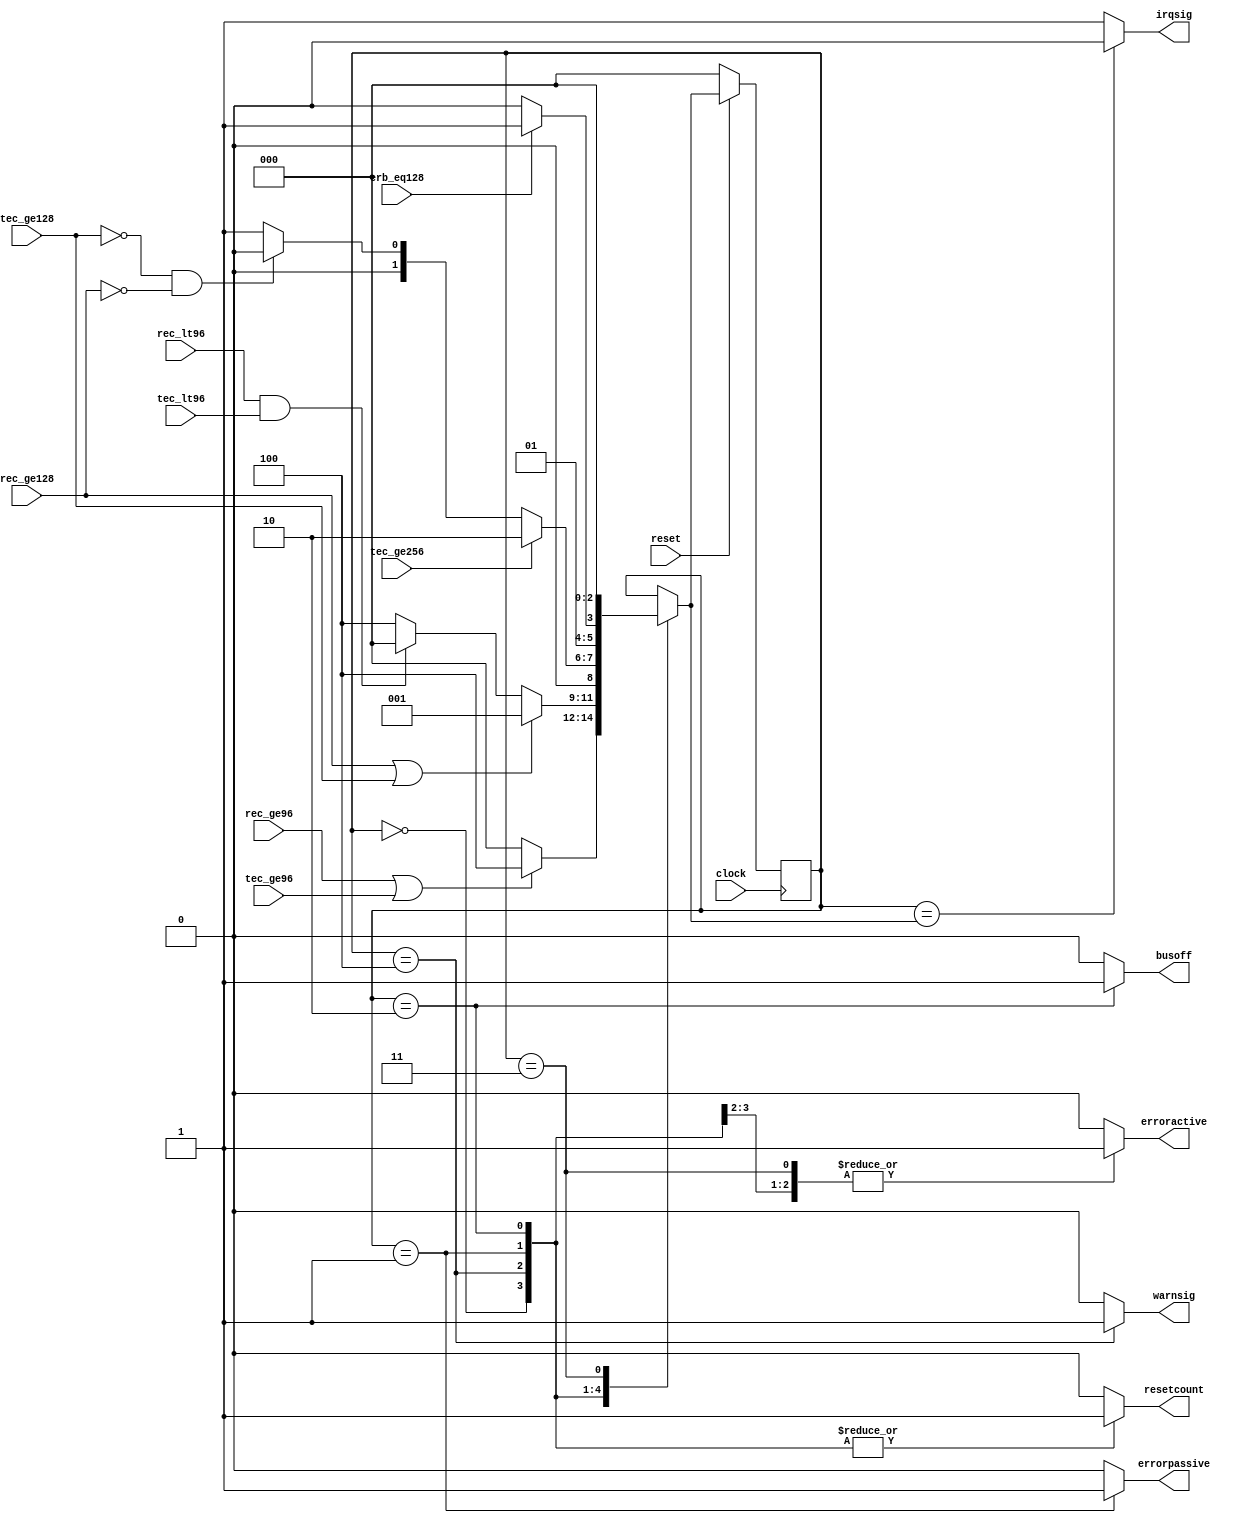
////////////////////////////////////////////////////////////////////////////////////////////////////
//
// Interessengruppe fuer Mikroelektronik und Eingebettete Systeme (IMES)
// Fachhochschule Dortmund
//
// Tool         : Mentor Graphics HDL Designer(TM) 2015.1b (Build 4)
// Description  : Fehlerzustandsautomat
// Commentary   : Resets umgedreht auf active low 
//
// Changelog:
// -------------------------------------------------------------------------------------------------
// Version | Author             | Date       | Changes
// -------------------------------------------------------------------------------------------------
// 0.9     | Leduc              | 17.04.2019 | created
// -------------------------------------------------------------------------------------------------
// 0.91    | Leduc              | 13.05.2019 | Added default state to fsm
// -------------------------------------------------------------------------------------------------
//
////////////////////////////////////////////////////////////////////////////////////////////////////

//`resetall
//`timescale 1ns/10ps
//`default_nettype none

module faultfsm2(
   input  wire  clock,
   input  wire  reset,        
   input  wire  rec_lt96,     
   input  wire  rec_ge96,     
   input  wire  rec_ge128,    
   input  wire  tec_lt96,     
   input  wire  tec_ge96,     
   input  wire  tec_ge128,    
   input  wire  tec_ge256,    
   input  wire  erb_eq128,    
   output reg   resetcount,   
   output reg   erroractive,  
   output reg   errorpassive, 
   output reg   busoff,       
   output reg   warnsig,      
   output wire  irqsig      
);

//tmrg default triplicate
//tmrg tmr_error false 

localparam  [2:0] erroractiv  = 3'b000, 
                  errorpassiv = 3'b001, 
                  busof       = 3'b010, 
                  resetstate  = 3'b011, 
                  warning     = 3'b100;

reg [2:0] CURRENT_STATE, NEXT_STATE;

//triplication signals
wire [2:0] CURRENT_STATEVoted = CURRENT_STATE;                  

// Zustandsregister
always @(posedge clock) 
begin
  if (reset == 1'b0)              // define an asynchronous reset
    CURRENT_STATE <= erroractiv;  // define the reset state
  else
    CURRENT_STATE <= NEXT_STATE;
end                 

// Uebergangs-/Ausgangsschaltnetz
assign irqsig = (CURRENT_STATEVoted == NEXT_STATE) ? 1'b0 : 1'b1;

always @(CURRENT_STATEVoted, rec_lt96, rec_ge96, rec_ge128, tec_lt96, tec_ge96, tec_ge128, tec_ge256, erb_eq128)
begin
  case (CURRENT_STATEVoted)
  ///////////////////////// 
  // Erroractive (<96)  
    erroractiv: begin
      erroractive  = 1'b1; 
      errorpassive = 1'b0;
      busoff       = 1'b0;
      warnsig      = 1'b0;
      resetcount   = 1'b1;
      if (rec_ge96 == 1'b1 || tec_ge96 == 1'b1)
        NEXT_STATE = warning;
      else
        NEXT_STATE = erroractiv;
    end 
  ///////////////////////// 
  // Warning (96 < C < 128)
    warning: begin
      erroractive  = 1'b1;
      errorpassive = 1'b0;
      busoff       = 1'b0;
      warnsig      = 1'b1;
      resetcount   = 1'b1;
      if (rec_ge128 == 1'b1 || tec_ge128 == 1'b1)  
        NEXT_STATE = errorpassiv;
      else if (rec_lt96 == 1'b1 && tec_lt96 == 1'b1)  
        NEXT_STATE = erroractiv;
      else
        NEXT_STATE = warning;
    end
  ///////////////////////// 
  // Errorpassive (>128)   
    errorpassiv: begin
      erroractive  = 1'b0;
      errorpassive = 1'b1;
      busoff       = 1'b0;
      warnsig      = 1'b0;
      resetcount   = 1'b1;
      if (tec_ge256 == 1'b1)  
        NEXT_STATE = busof;
      else if (tec_ge128 == 1'b0 && rec_ge128 == 1'b0)  
        NEXT_STATE = erroractiv;
      else
        NEXT_STATE = errorpassiv;  
    end
  ///////////////////////// 
  // Busoff =256   
    busof: begin
      erroractive  = 1'b0;
      errorpassive = 1'b0;
      busoff       = 1'b1;
      warnsig      = 1'b0;
      resetcount   = 1'b1;
      if (erb_eq128 == 1'b1)  
        NEXT_STATE = resetstate;
      else
        NEXT_STATE = busof;
    end
  ///////////////////////// 
  // RESET, alles von vorne   
    resetstate: begin
      erroractive  = 1'b1;
      errorpassive = 1'b0;
      busoff       = 1'b0;
      warnsig      = 1'b0;
      resetcount   = 1'b0;
      NEXT_STATE   = erroractiv;
    end
  /////////////////////////    
    default: begin
      erroractive  = 1'b0;
      errorpassive = 1'b0;
      busoff       = 1'b0;
      warnsig      = 1'b0;
      resetcount   = 1'b0;
      NEXT_STATE   = CURRENT_STATEVoted;
    end
  endcase  
end

endmodule